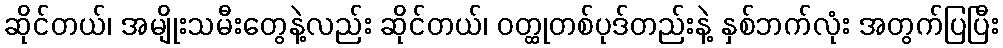
ဆိုင်တယ်၊ အမျိုးသမီးတွေနဲ့လည်း ဆိုင်တယ်၊ ဝတ္ထုတစ်ပုဒ်တည်းနဲ့ နှစ်ဘက်လုံး အတွက်ပြပြီး